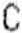
C